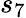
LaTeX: s_{7}